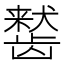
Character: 𬺒